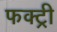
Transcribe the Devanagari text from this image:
फक्ट्री